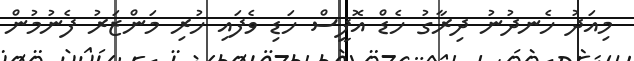
މިއަދު ހެނދުނު ދިރާގު ހެޑް އޮފީސް ހަޑި ވެފައި ހުރި މަންޒަރު ފެނުމުން